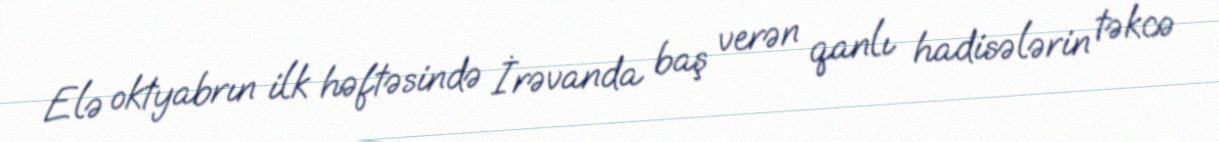
Elə oktyabrın ilk həftəsində İrəvanda baş verən qanlı hadisələrin təkcə